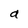
Character: a